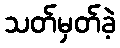
သတ်မှတ်ခဲ့